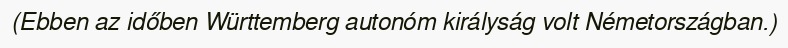
(Ebben az időben Württemberg autonóm királyság volt Németországban.)